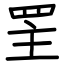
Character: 罜